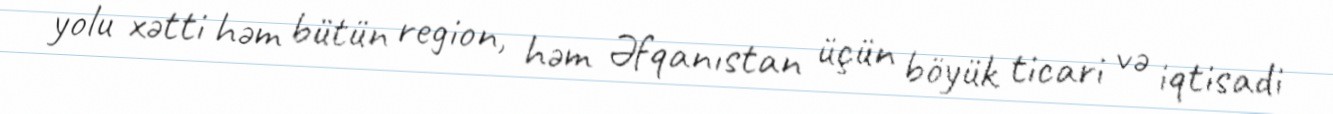
yolu xətti həm bütün region, həm Əfqanıstan üçün böyük ticari və iqtisadi